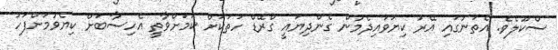
ސްކޫލެވެ. އެތަނުގައި އޭރު ކިޔަވައިދެމުން ގެންދިޔައީ ގްރޭޑް ހަތަކަށް ކަމަށްވާތީ އެހިސާބަށް ކިޔެވުމަށްފަހު